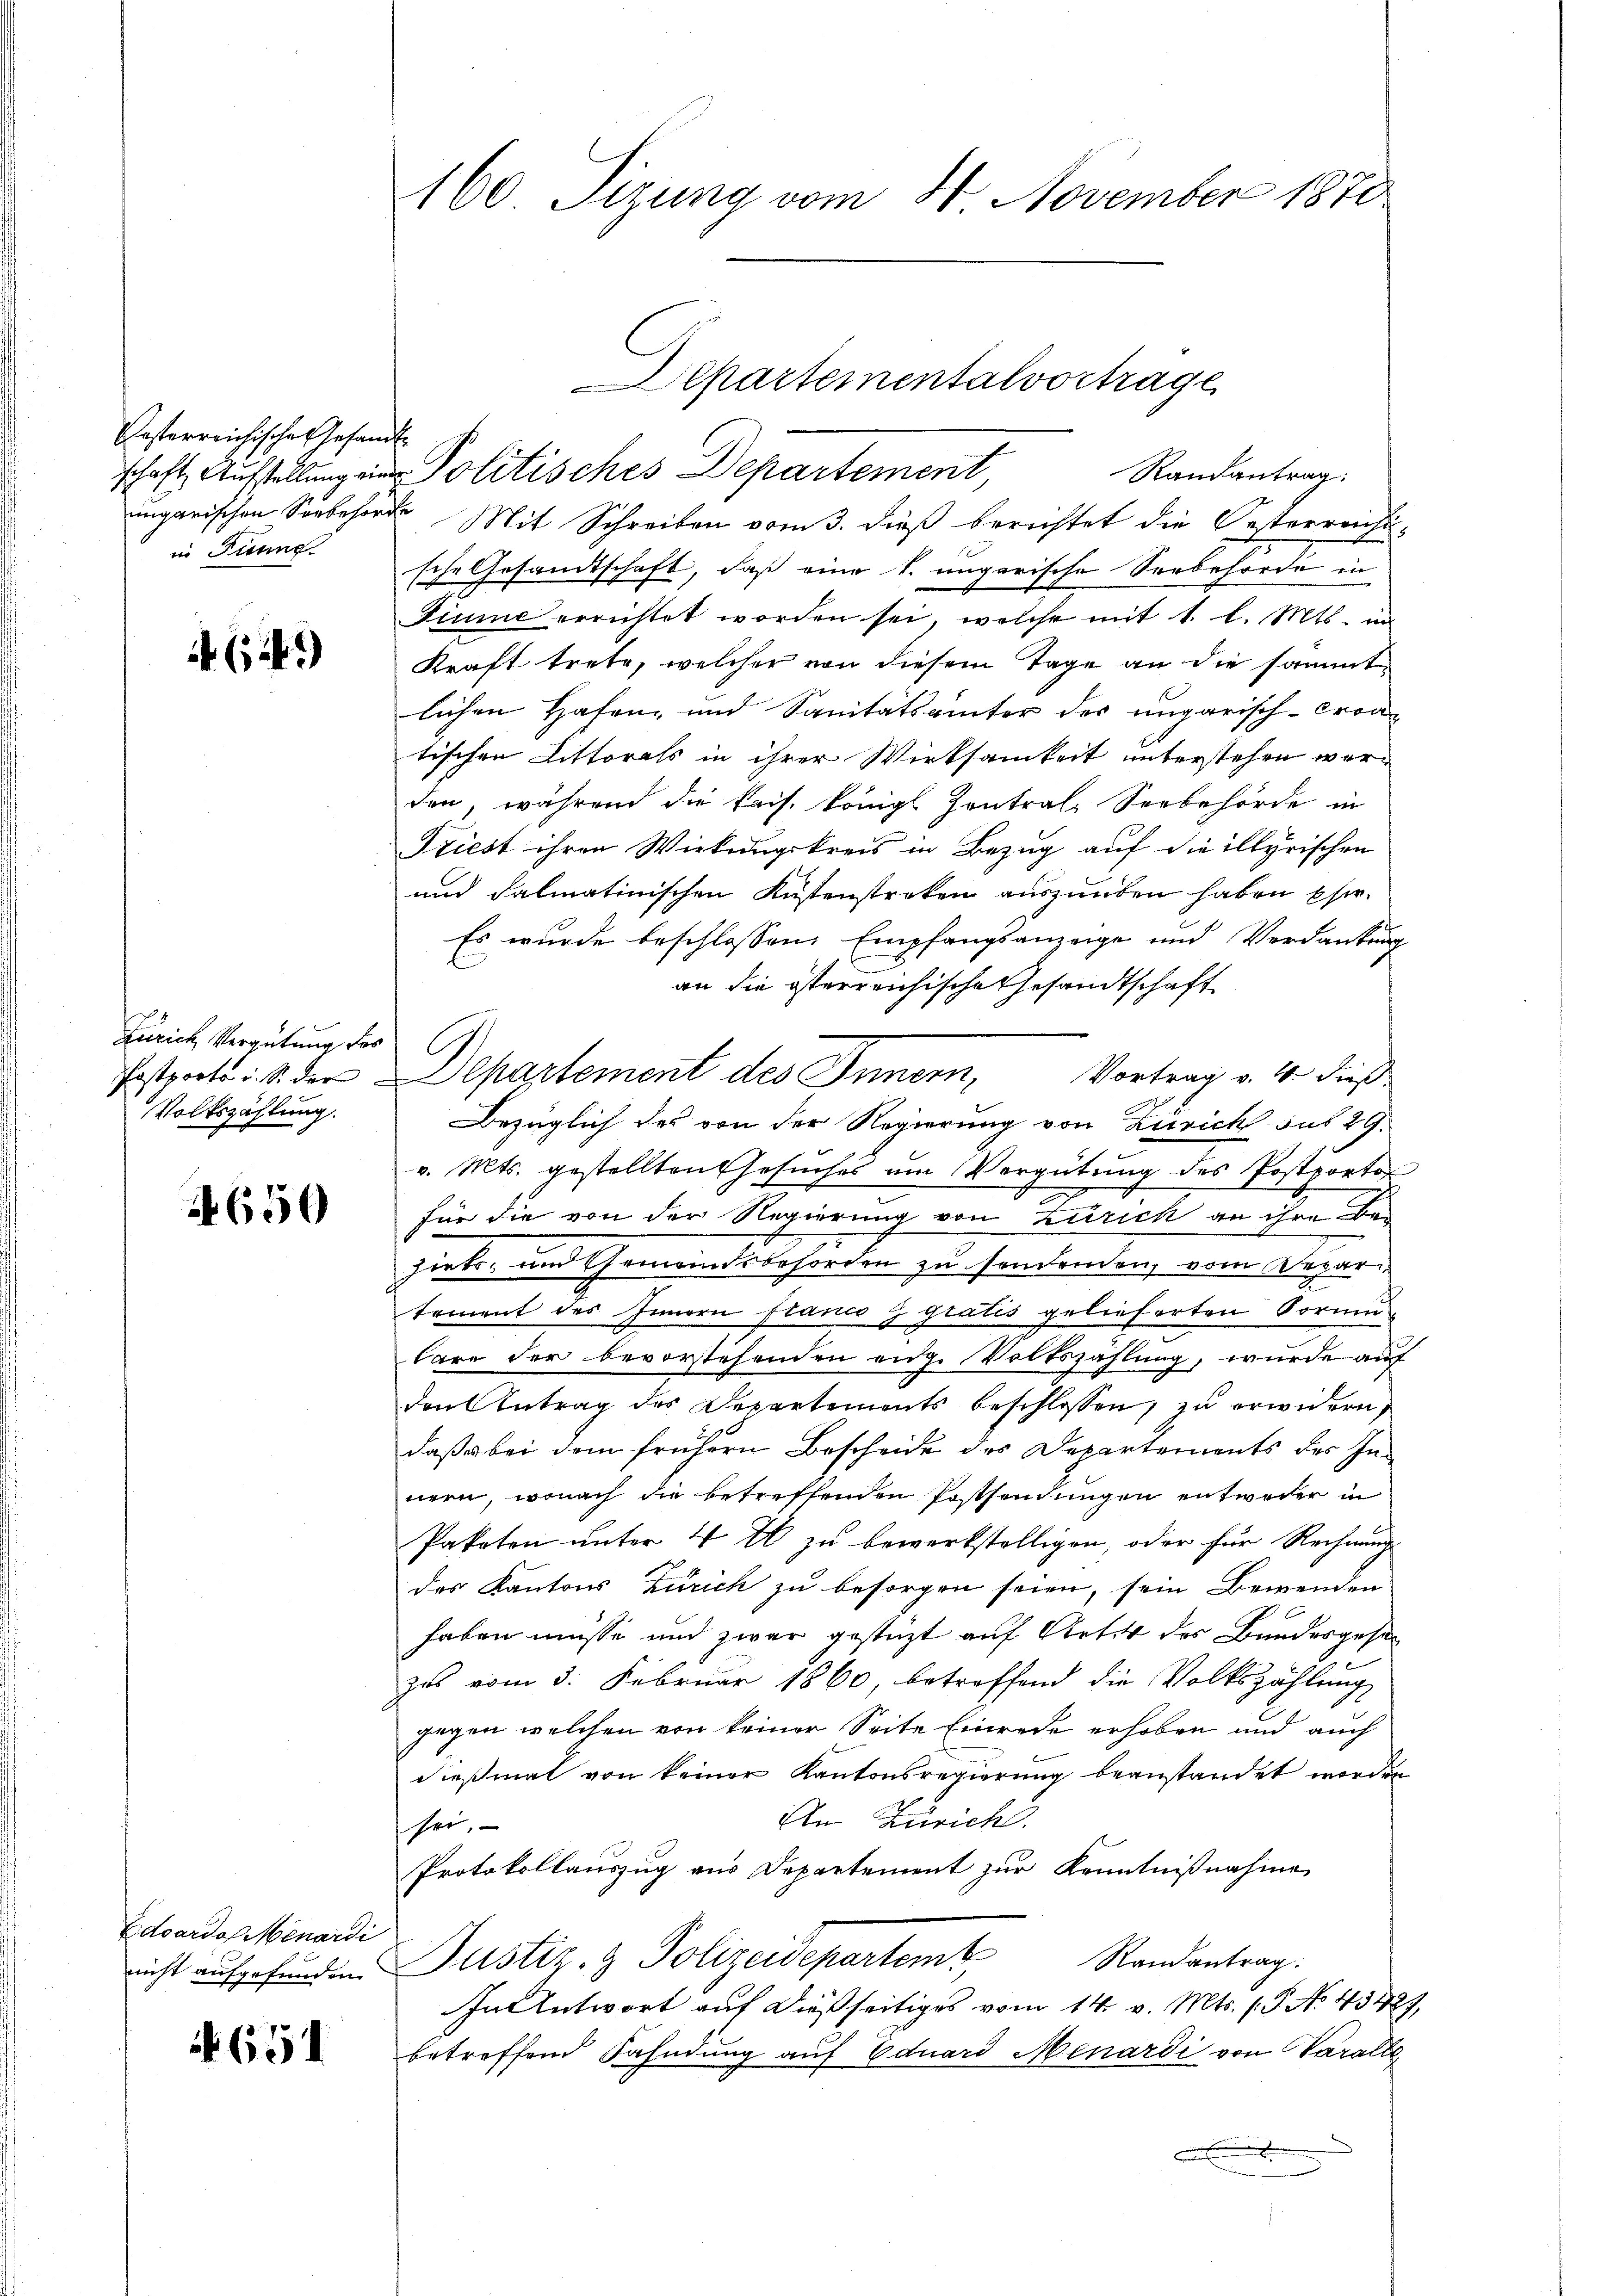
Pasterreichische Gesandt
in Tunne

(i.)

Zürich Vergütung des C.
Volkszählung

650

Edoardo Menardi

651

ungarischen Soebehörde Mit Schreiben vom 3. dieß berichtet die Oesterreichs-
sche Gesandtschaft, daß eine k. ungarische Seebehörde in
Fiume errichtet worden sei, welche mit 1. l. Mts. in
Kraft trete, welcher von diesem Tage an die sammt
lichen Hafen, und Sanitätsanter des ungarisch-Croa-
tischen Littorats in ihrer Wirksamkeit unterstehen werden, während die kais. Königl. Zentral-Serbehörde in
Triest ihren Wirkungskreis in Bezug auf die illyrischen
und dalmatinischen Küstenstreken auszuüben haben Ehe-
Es wurde beschlossen Empfangsanzeige und Verdankung
an die österreichische Gesandtschaft
Vortrag v. 4. dieß
Bezüglich des von der Regierung von Zürich sub 29.
v. Mts. gestellten Gesuches um Vergütung des Postporto
für die von der Regierung von Zürich an ihre Bezirks- und Gemeindsbehörden zu sondenden, vom Depari
tement des Innern stanco g gratis gelieferten Vormu
bare der bevorstehenden eige Volkszählung, wurde auf
den Antrag des Departements beschlossen, zu erwidern,
daß es bei dem frühern Bescheide des Departements des Innern, wonach die betreffenden Postsendungen entweder in
Paketen unter 4 t zu bewerkstelligen, oder für Rechnung
des Kantons Zürich zu besorgen seien, sein Bewenden
haben müsse und zwar gestützt auf Artik des Bundesgese
zes vom 3. Februar 1860, betreffend die Volkszählung
gegen welchen von keiner Seite Einrede erhoben und auch
dießmal von keiner Kantonsregierung beanstandet worden
An Zürich
sei.
Protokollauszug aus Departement zur Kenntnißnahme
Randantrag.
nicht aufgefunden. Justiz- & Polizeidepartemt,
In Antwort auf dießseitiges vom 14. v. Mts. (T. No 43427,
betreffend Fahndung auf Eduard Menardi von Varalle

160 Sizung vom 14 November 1870

Postporto i. S. der partement des Innern,

Departementalvortrage
schaft Aufstellung ein Politisches Departement,
Randantrag: